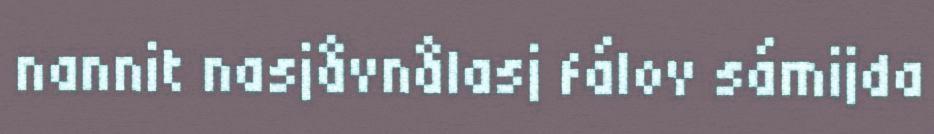
nannit nasjåvnålasj fálov sámijda